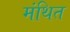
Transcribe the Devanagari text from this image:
मंथित